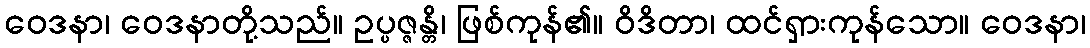
ဝေဒနာ၊ ဝေဒနာတို့သည်။ ဥပ္ပဇ္ဇန္တိ၊ ဖြစ်ကုန်၏။ ဝိဒိတာ၊ ထင်ရှားကုန်သော။ ဝေဒနာ၊